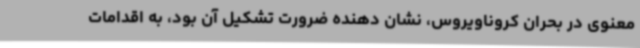
معنوی در بحران کروناویروس، نشان دهنده ضرورت تشکیل آن بود، به اقدامات